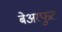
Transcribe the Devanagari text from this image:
बेअरफुट